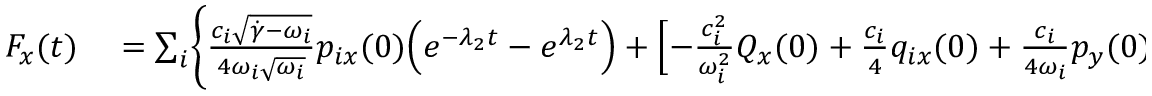
\begin{array} { r l } { F _ { x } ( t ) } & { { } = \sum _ { i } \Biggl \{ \frac { c _ { i } \sqrt { \dot { \gamma } - \omega _ { i } } } { 4 \omega _ { i } \sqrt { \omega _ { i } } } p _ { i x } ( 0 ) \Bigl ( e ^ { - \lambda _ { 2 } t } - e ^ { \lambda _ { 2 } t } \Bigr ) + \Bigl [ - \frac { c _ { i } ^ { 2 } } { \omega _ { i } ^ { 2 } } Q _ { x } ( 0 ) + \frac { c _ { i } } { 4 } q _ { i x } ( 0 ) + \frac { c _ { i } } { 4 \omega _ { i } } p _ { y } ( 0 ) \Bigr ] \Bigl ( e ^ { \lambda _ { 2 } t } + e ^ { - \lambda _ { 2 } t } \Bigr ) } \end{array}